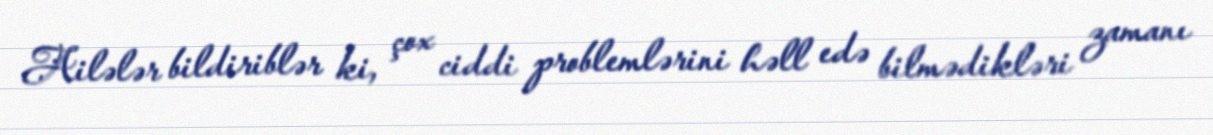
Ailələr bildiriblər ki, çox ciddi problemlərini həll edə bilmədikləri zamanı